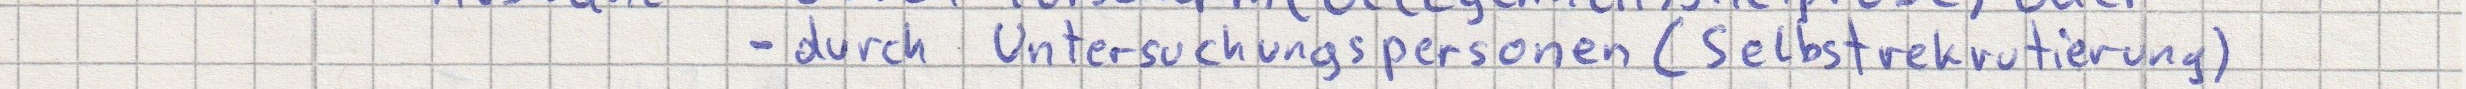
- durch Untersuchungspersonen (Selbstrekrutierung)